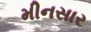
મીનસાર